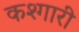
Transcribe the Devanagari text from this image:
कश्गारी